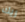
ريك